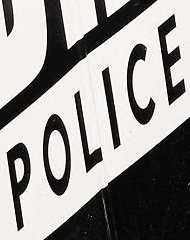
POLICE